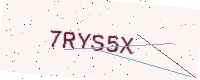
Text: 7RYS5X